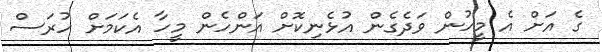
ގެ އަށް އެ މީހުން ވަދެގެން އުޅެނިކޮށް އަންހެން މީހާ އެކަމަށް ހުރަސް